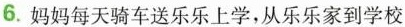
6. 妈妈每天骑车送乐乐上学，从乐乐家到学校